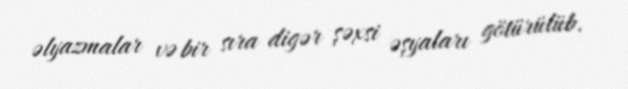
əlyazmalar və bir sıra digər şəxsi əşyaları götürülüb.